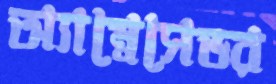
অ্যাম্বেসেডর